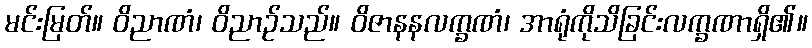
မင်းမြတ်။ ဝိညာဏံ၊ ဝိညာဉ်သည်။ ဝိဇာနနလက္ခဏံ၊ အာရုံကိုသိခြင်းလက္ခဏာရှိ၏။